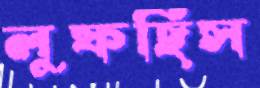
লুফছিস